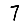
Digit: 7